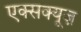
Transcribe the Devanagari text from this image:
एक्सक्यूज़